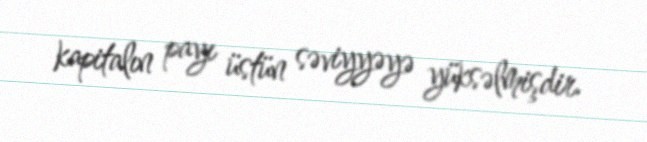
kapitalın payı üstün səviyyəyə yüksəlmişdir.